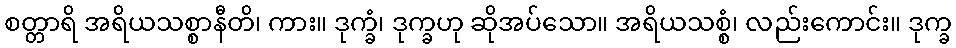
စတ္တာရိ အရိယသစ္စာနီတိ၊ ကား။ ဒုက္ခံ၊ ဒုက္ခဟု ဆိုအပ်သော။ အရိယသစ္စံ၊ လည်းကောင်း။ ဒုက္ခ